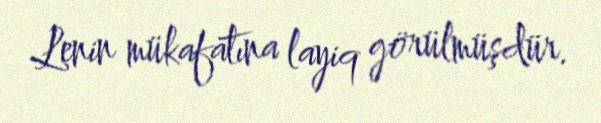
Lenin mükafatına layiq görülmüşdür.